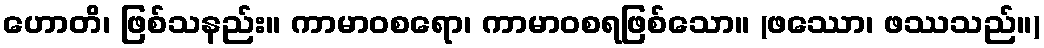
ဟောတိ၊ ဖြစ်သနည်း။ ကာမာဝစရော၊ ကာမာဝစရဖြစ်သော။ (ဖဿော၊ ဖဿသည်။)